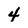
Character: 4